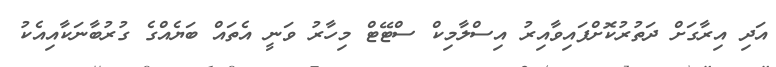
އަދި އިރާގަށް ދަތުރުކޮށްފައިވާއިރު އިސްލާމިކް ސްޓޭޓް މިހާރު ވަނީ އެތައް ބަޔެއްގެ ގުރުބާނަކާއިއެކު